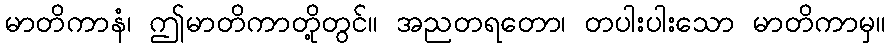
မာတိကာနံ၊ ဤမာတိကာတို့တွင်။ အညတရတော၊ တပါးပါးသော မာတိကာမှ။